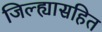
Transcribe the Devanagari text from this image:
जिल्ह्यासहित